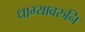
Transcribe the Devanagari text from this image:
धाग्यावरुनि